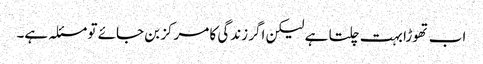
اب تھوڑا بہت چلتا ہے لیکن اگر زندگی کا مرکز بن جائے تو مسئلہ ہے۔